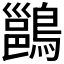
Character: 𪄉